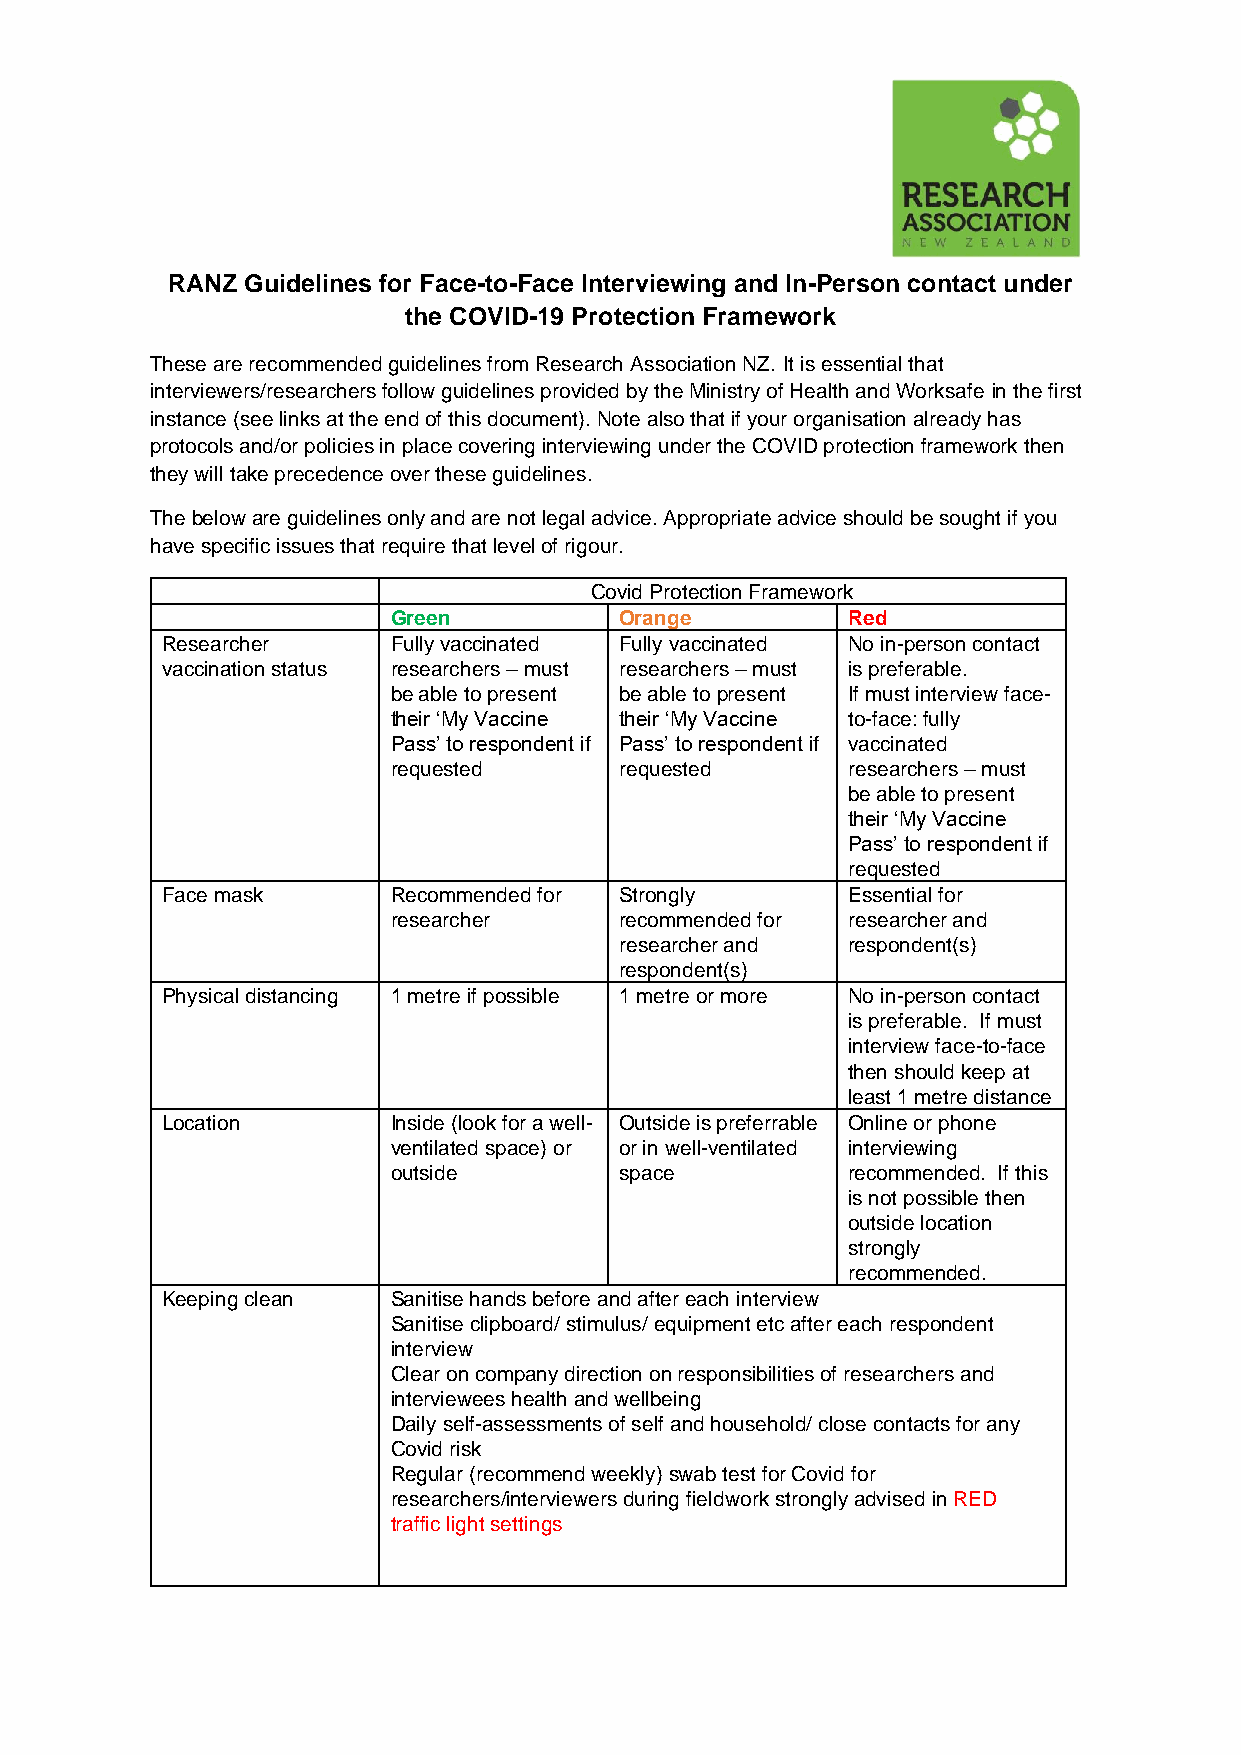
RANZ Guidelines for Face-to-Face Interviewing and In-Person contact under
 the COVID-19 Protection Framework
 These are recommended guidelines from Research Association NZ. It is essential that
 interviewers/researchers follow guidelines provided by the Ministry of Health and Worksafe in the first
 instance (see links at the end of this document). Note also that if your organisation already has
 protocols and/or policies in place covering interviewing under the COVID protection framework then
 they will take precedence over these guidelines.
 The below are guidelines only and are not legal advice. Appropriate advice should be sought if you
 have specific issues that require that level of rigour.
 Covid Protection Framework
 Green          Orange         Red
 Researcher     Fully vaccinated Fully vaccinated No in-person contact
 vaccination status researchers – must researchers – must is preferable.
 be able to present be able to present If must interview face-
 their ‘My Vaccine their ‘My Vaccine to-face: fully
 Pass’ to respondent if Pass’ to respondent if vaccinated
 requested      requested      researchers – must
 be able to present
 their ‘My Vaccine
 Pass’ to respondent if
 requested
 Face mask      Recommended for Strongly      Essential for
 researcher     recommended for researcher and
 researcher and respondent(s)
 respondent(s)
 Physical distancing 1 metre if possible 1 metre or more No in-person contact
 is preferable. If must
 interview face-to-face
 then should keep at
 least 1 metre distance
 Location       Inside (look for a well- Outside is preferrable Online or phone
 ventilated space) or or in well-ventilated interviewing
 outside        space          recommended. If this
 is not possible then
 outside location
 strongly
 recommended.
 Keeping clean  Sanitise hands before and after each interview
 Sanitise clipboard/ stimulus/ equipment etc after each respondent
 interview
 Clear on company direction on responsibilities of researchers and
 interviewees health and wellbeing
 Daily self-assessments of self and household/ close contacts for any
 Covid risk
 Regular (recommend weekly) swab test for Covid for
 researchers/interviewers during fieldwork strongly advised in RED
 traffic light settings